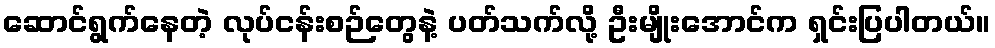
ဆောင်ရွက်နေတဲ့ လုပ်ငန်းစဉ်တွေနဲ့ ပတ်သက်လို့ ဦးမျိုးအောင်က ရှင်းပြပါတယ်။